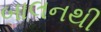
બાલનથી